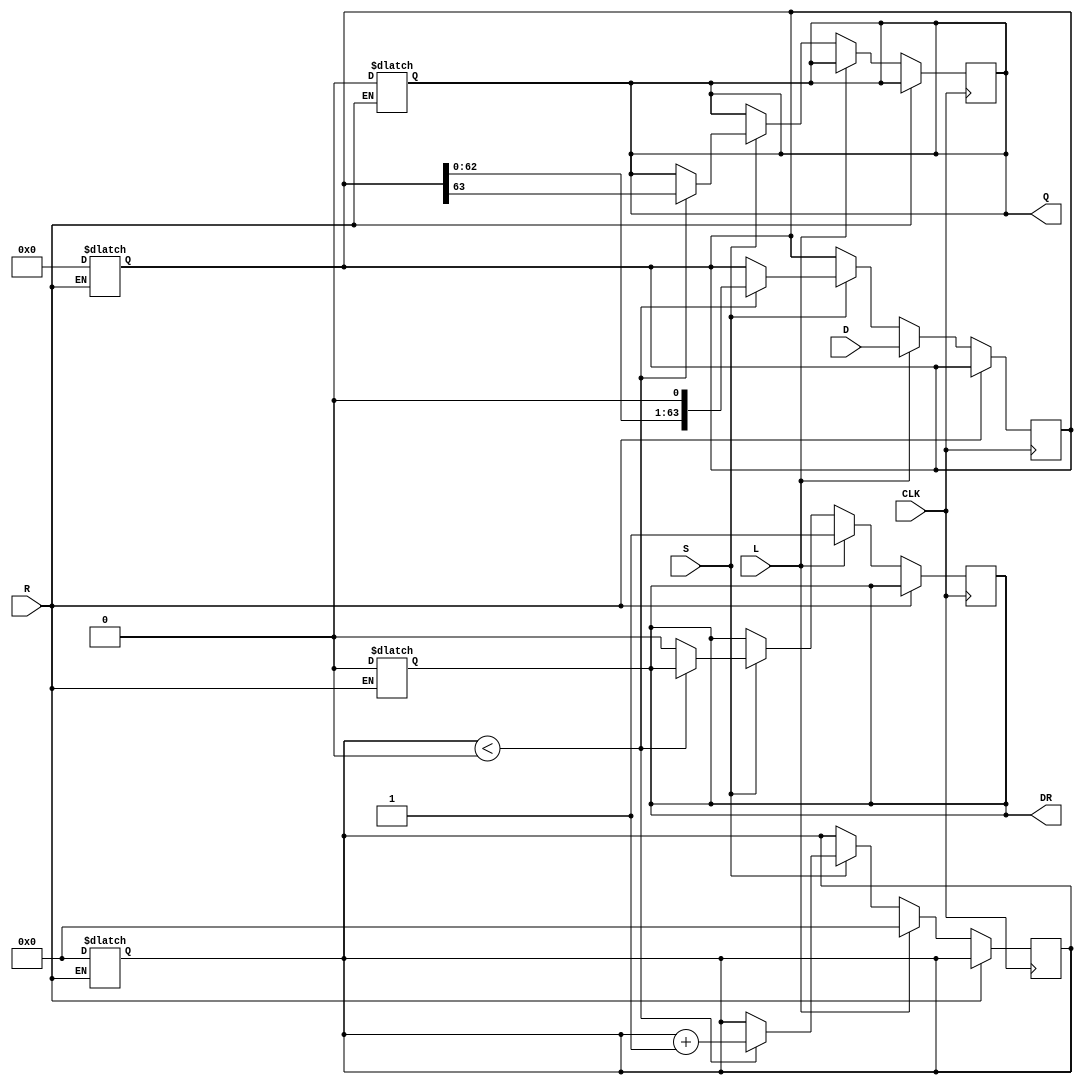
module PISO_Register (
    input wire [63:0] D,      // 64-bit parallel data input
    input wire L,             // Load control signal
    input wire CLK,           // Clock input
    input wire S,             // Shift control signal
    input wire R,             // Asynchronous reset signal
    output reg Q,             // Serial output
    output reg DR             // Data ready output
);

    reg [63:0] SR;            // Shift register
    reg [5:0] count;          // Counter for shifted bits

    // Asynchronous reset
    always @(*) begin
        if (R) begin
            SR <= 64'b0;      // Clear shift register
            Q <= 1'b0;        // Clear serial output
            count <= 6'b0;    // Reset counter
            DR <= 1'b0;       // Clear data ready signal
        end
    end

    // Sequential logic for loading and shifting
    always @(posedge CLK) begin
        if (!R) begin // Only operate if not in reset state
            if (L) begin
                SR <= D;       // Load data into shift register
                count <= 6'b0; // Reset counter on load
                DR <= 1'b1;    // Indicate data is ready
            end else if (S) begin
                if (count < 6'd64) begin
                    Q <= SR[63]; // Output the MSB of the shift register
                    SR <= {SR[62:0], 1'b0}; // Shift right
                    count <= count + 1; // Increment counter
                end else begin
                    DR <= 1'b0; // No more data to shift, clear data ready
                end
            end
        end
    end

endmodule